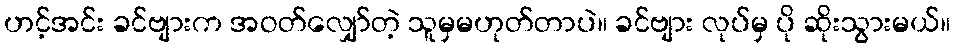
ဟင့်အင်း ခင်ဗျားက အဝတ်လျှော်တဲ့ သူမှမဟုတ်တာပဲ။ ခင်ဗျား လုပ်မှ ပို ဆိုးသွားမယ်။